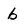
Character: b